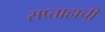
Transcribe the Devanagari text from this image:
सप्ताहाची